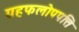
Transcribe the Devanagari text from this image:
ग्रहफलोपपत्ति